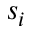
s _ { i }